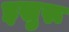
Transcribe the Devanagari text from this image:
इसुरू